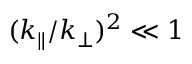
( k _ { \parallel } / k _ { \perp } ) ^ { 2 } \ll 1